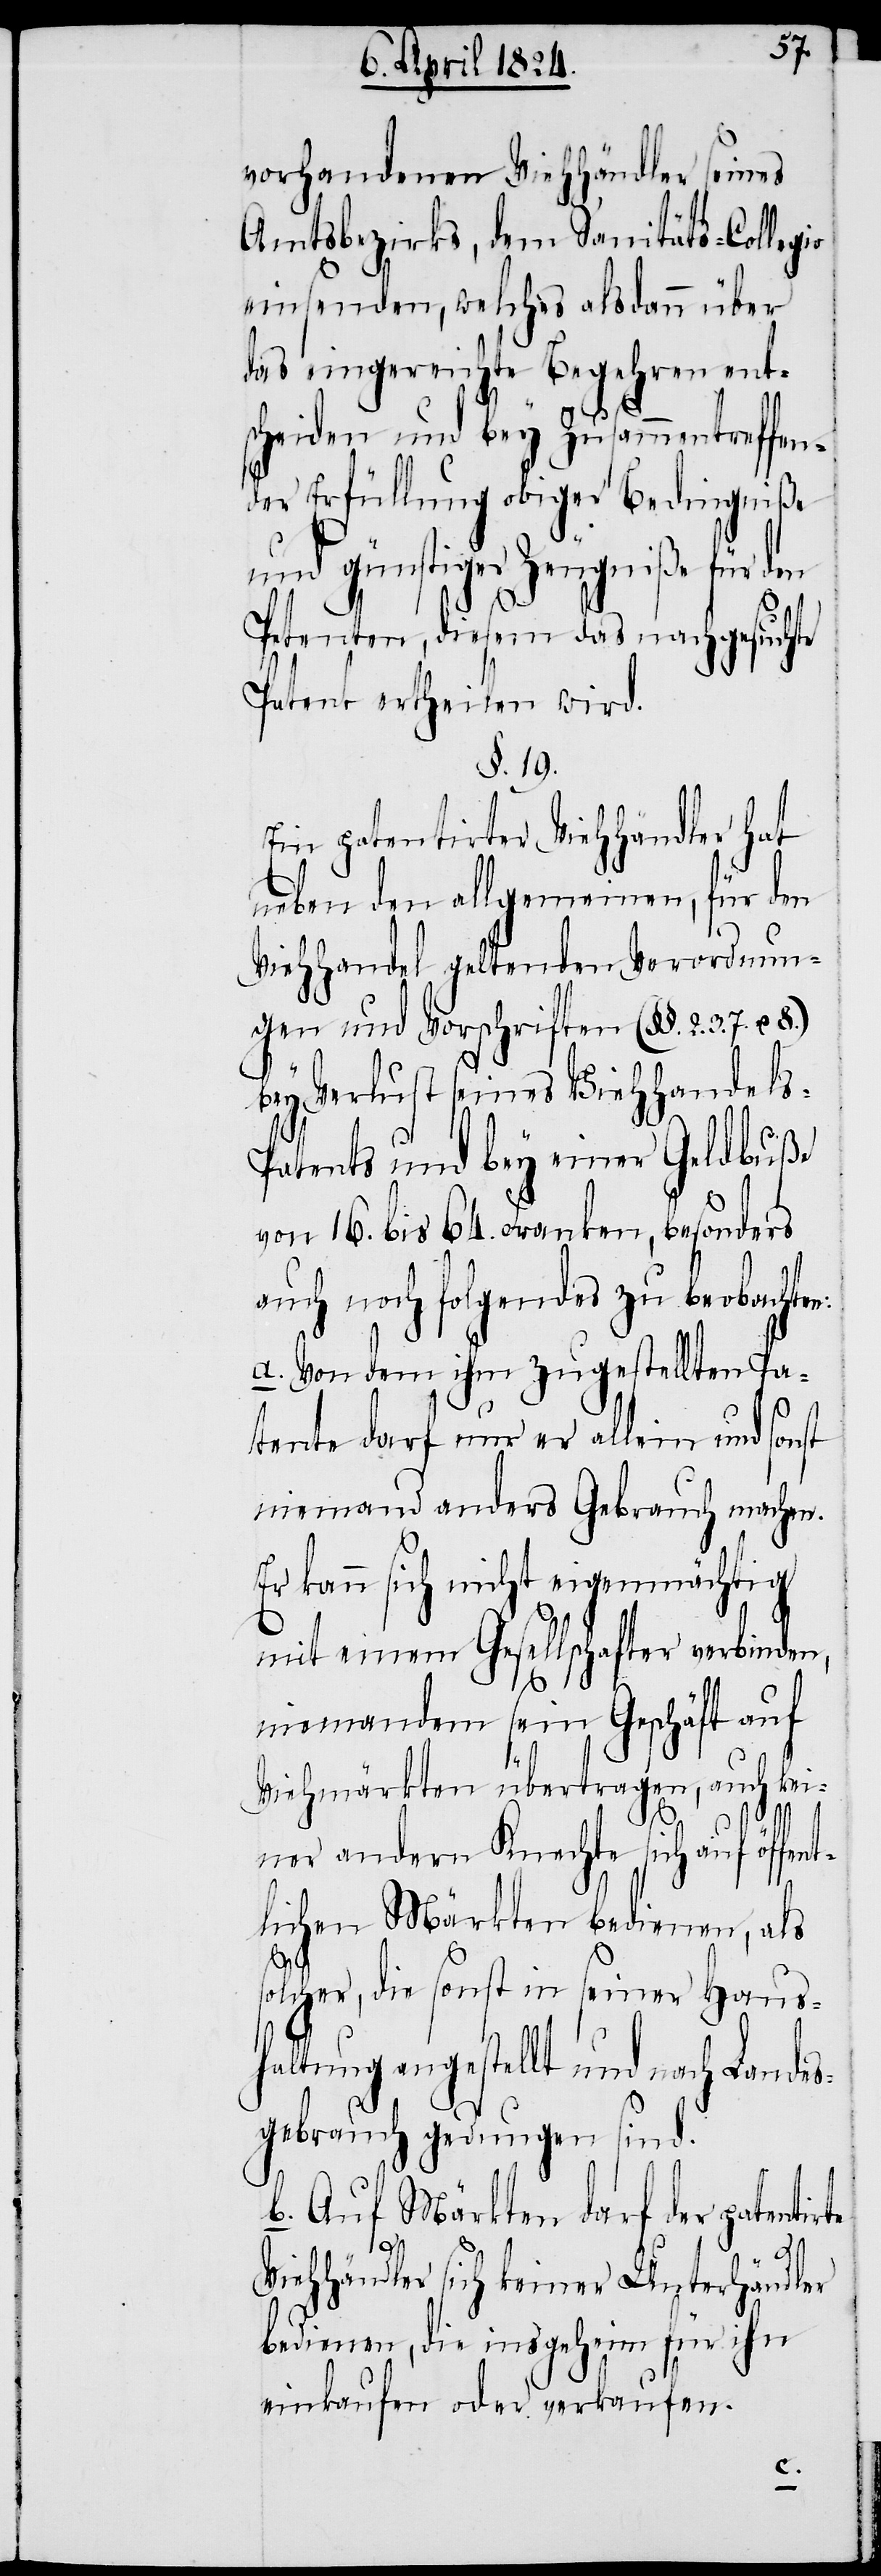
vorhandenen Viehhändler seines
Amtsbezirks, dem Sanitäts-Colleg¬
einsenden , welches alsdann über
das eingereichte Begehren ent¬
scheiden und bey Zusammentreffen¬
der Erfüllung obiger Bedingniße
und günstiger Zeugniße für den
Petenten, diesem das nachgesuchte
Petent ertheilen wird.
§.19.
Ein patentirter Viehhändler hat
neben den allgemeinen, für den
Viehhandel geltenden Verordnun¬
gen und Vorschriften (§§. 2. 3.
bey Verlust seines Viehhandels-P¬
atents und bey einer Geldbuße
von 16. bis 64. Franken, besonders
auch noch folgendes zu beobachte¬
a.) Von dem ihm zugestellten Pa¬
tente darf nur er allein und sonst
niemand anders Gebrauch machen.
Er kann sich nicht eigenmächtig
mit einem Gesellschafter verbinden,
s¬
niemandem sein Geschäft auf
Viehmärkten übertragen, auch kei¬
ner andern Knechte sich auf öff¬
lichen Märkten bedienen, als
olcher, die sonst in seiner Haush¬
altung angestellt und nach Lande¬
sgebrauch gedungen sind.
b.) Auf Märkten darf der patentir¬
te
Viehhändler sich keiner Unterhändler
bedienen, die insgeheim für ihn
einkaufen oder verkaufen.